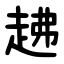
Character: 䞞